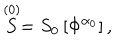
LaTeX: \stackrel { ( 0 ) } { S } = S _ { 0 } \left[ \Phi ^ { \alpha _ { 0 } } \right] ,